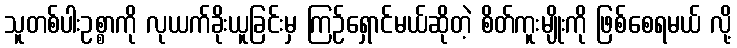
သူတစ်ပါးဥစ္စာကို လုယက်ခိုးယူခြင်းမှ ကြဉ်ရှောင်မယ်ဆိုတဲ့ စိတ်ကူးမျိုးကို ဖြစ်စေရမယ် လို့